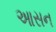
આસન